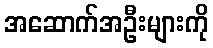
အဆောက်အဦးများကို